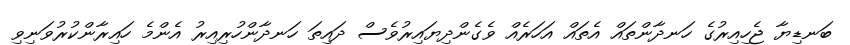
ބަނޑިޔާ ޖެހިއިރުގެ ހަނދާންތައް އެތައް އަހަރެއް ވެގެންދިޔައިރުވެސް ދައިތަ ހަނދާންހުރިއިރު އެންމެ ހައިރާންކުރުވަނިވި